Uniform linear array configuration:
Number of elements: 12
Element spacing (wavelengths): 0.5
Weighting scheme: kaiser
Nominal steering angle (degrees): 60
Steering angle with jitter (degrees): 61.003
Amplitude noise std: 0.05
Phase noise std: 0.05

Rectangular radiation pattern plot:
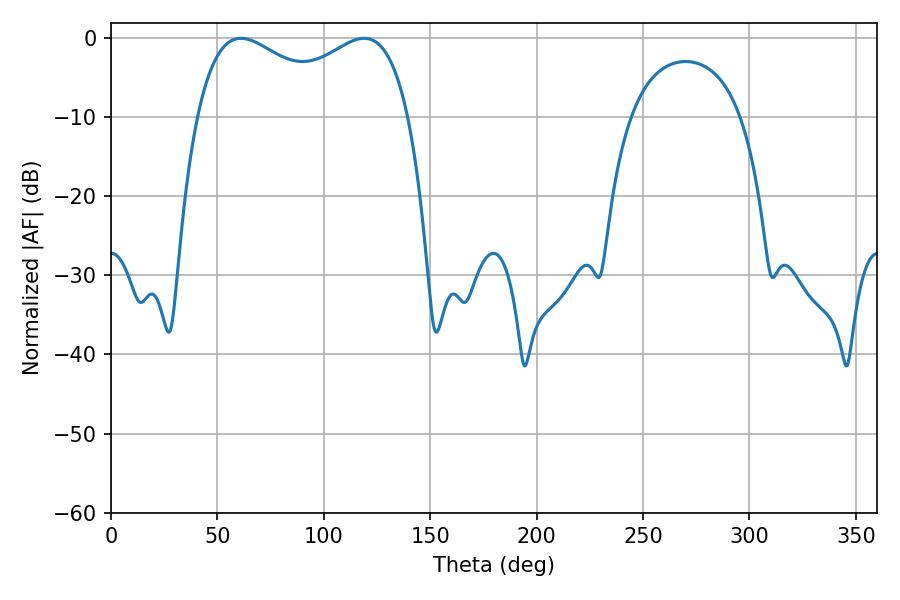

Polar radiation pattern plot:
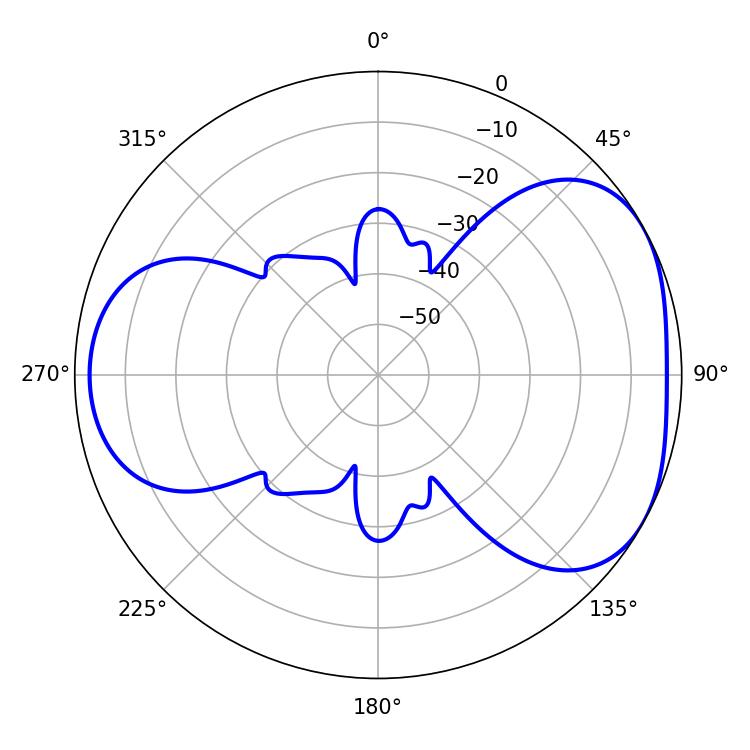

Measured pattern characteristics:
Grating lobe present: FALSE
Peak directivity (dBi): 4.372
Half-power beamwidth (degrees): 82.8
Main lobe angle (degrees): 61.02